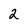
Character: 2